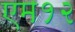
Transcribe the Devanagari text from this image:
एम१२